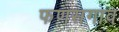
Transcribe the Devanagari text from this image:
फणसगाव